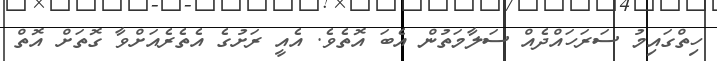
ހިތްގައިމު ސަރަހައްދެއް ސަލާމަތުން އެބަ އޮތެވެ. އެއީ ރަށުގެ އެތެރެއަށްވާ ގޮތަށް އޮތް